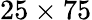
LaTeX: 25\times 75